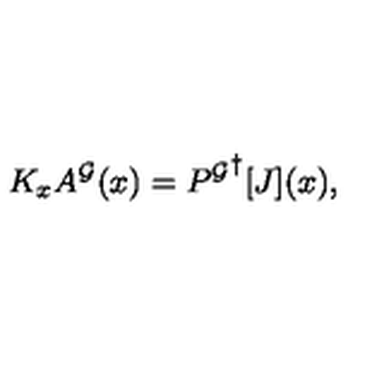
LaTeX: K _ { x } A ^ { \cal G } ( x ) = { P ^ { \cal G } } ^ { \dagger } [ J ] ( x ) ,